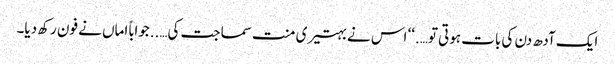
ایک آدھ دن کی بات ہوتی تو….‘‘ اس نے بہتیری منت سماجت کی…..جواباً اماں نے فون رکھ دیا۔